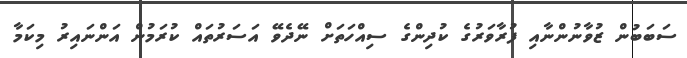
ސަބަބުން ޒުވާނުންނާއި ފުރާވަރުގެ ކުދިންގެ ސިއްހަތަށް ނޭދެވޭ އަސަރުތައް ކުރަމުން އަންނައިރު މިކަމާ